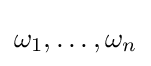
\omega _{1},\dots ,\omega _{n}